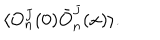
LaTeX: \langle O _ { n } ^ { J } ( 0 ) \bar { O } _ { n } ^ { J } ( x ) \rangle .